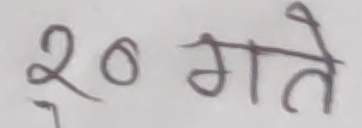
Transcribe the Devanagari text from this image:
२० गते